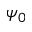
\psi _ { 0 }